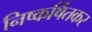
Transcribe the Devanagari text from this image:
निष्कर्षितकर